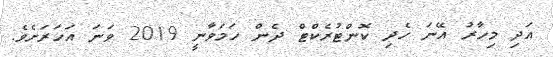
އަދި މިހާރު އޭނަ ހެދި ކޮންޓުރެކްޓް ދެން ހަމަވާނީ 2019 ވަނަ އަހަރަށެވެ.